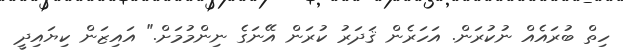
ހިތް ބުރައެއް ނުކުރަން. އަހަރެން ޤަދަރު ކުރަން އޭނަގެ ނިންމުމަށް." އައިޒަން ކިޔައިދީ